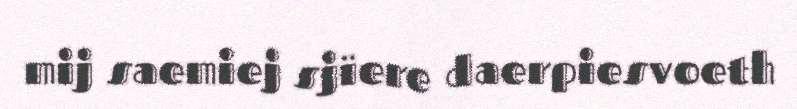
mij saemiej sjïere daerpiesvoeth